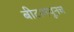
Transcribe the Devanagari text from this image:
बीटामधूनच